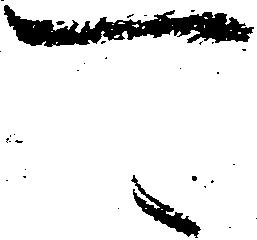
可